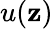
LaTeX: u(\mathbf{z})